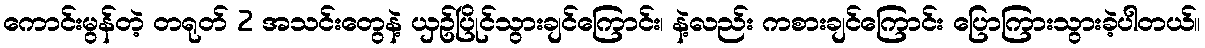
ကောင်းမွန်တဲ့ တရုတ် 2 အသင်းတွေနဲ့ ယှဥ်ပြိုင်သွားချင်ကြောင်း၊ နဲ့လည်း ကစားချင်ကြောင်း ပြောကြားသွားခဲ့ပါတယ်။